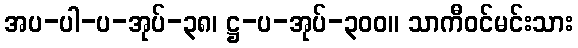
အပ-ပါ-ပ-အုပ်-၃၈၊ ဋ္ဌ-ပ-အုပ်-၃၀၀။ သာကီဝင်မင်းသား